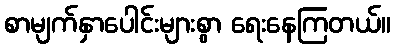
စာမျက်နှာပေါင်းများစွာ ရေးနေကြတယ်။